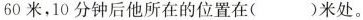
60米，10分钟后他所在的位置在()米处。